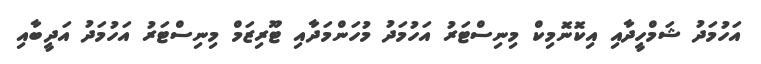
އަހުމަދު ޝަމްހީދާއި އިކޮނޮމިކް މިނިސްޓަރު އަހުމަދު މުހަންމަދާއި ޓޫރިޒަމް މިނިސްޓަރު އަހުމަދު އަދީބާއި